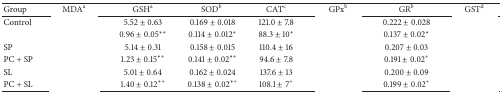
<table><thead><tr><td><b>Group</b></td><td><b>MDA<sup>a</sup></b></td><td><b>GSH<sup>a</sup></b></td><td><b>SOD<sup>b</sup></b></td><td><b>CAT<sup>c</sup></b></td><td><b>GPx<sup>b</sup></b></td><td><b>GR<sup>b</sup></b></td><td><b>GST<sup>d</sup></b></td></tr></thead><tbody><tr><td>Control</td><td>[EMPTY_CELL]</td><td>5.52 ± 0.63</td><td>0.169 ± 0.018</td><td>121.0 ± 7.8</td><td>[EMPTY_CELL]</td><td>0.222 ± 0.028</td><td>[EMPTY_CELL]</td></tr><tr><td>[EMPTY_CELL]</td><td>[EMPTY_CELL]</td><td>0.96 ± 0.05**</td><td>0.114 ± 0.012*</td><td>88.3 ± 10*</td><td>[EMPTY_CELL]</td><td>0.137 ± 0.02*</td><td>[EMPTY_CELL]</td></tr><tr><td>SP</td><td>[EMPTY_CELL]</td><td>5.14 ± 0.31</td><td>0.158 ± 0.015</td><td>110.4 ± 16</td><td>[EMPTY_CELL]</td><td>0.207 ± 0.03</td><td>[EMPTY_CELL]</td></tr><tr><td>PC + SP</td><td>[EMPTY_CELL]</td><td>1.23 ± 0.15<sup>∗+</sup></td><td>0.141 ± 0.02<sup>∗+</sup></td><td>94.6 ± 7.8</td><td>[EMPTY_CELL]</td><td>0.191 ± 0.02<sup>+</sup></td><td>[EMPTY_CELL]</td></tr><tr><td>SL</td><td>[EMPTY_CELL]</td><td>5.01 ± 0.64</td><td>0.162 ± 0.024</td><td>137.6 ± 13</td><td>[EMPTY_CELL]</td><td>0.200 ± 0.09</td><td>[EMPTY_CELL]</td></tr><tr><td>PC + SL</td><td>[EMPTY_CELL]</td><td>1.40 ± 0.12<sup>∗+</sup></td><td>0.138 ± 0.02<sup>∗+</sup></td><td>108.1 ± 7<sup>+</sup></td><td>[EMPTY_CELL]</td><td>0.199 ± 0.02<sup>+</sup></td><td>[EMPTY_CELL]</td></tr></tbody></table>